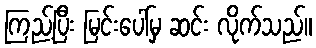
ကြည့်ပြီး မြင်းပေါ်မှ ဆင်း လိုက်သည်။